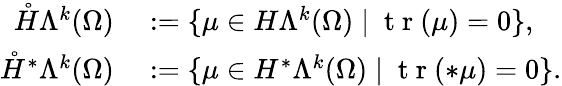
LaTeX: \begin{array}{rl}{\mathring{H}\Lambda^{k}(\Omega)}&{{}:=\{ \mu\in H\Lambda^{k}(\Omega)\mid\mathrm{~t~r~}(\mu)=0\} ,}\\ {\mathring{H}^{\ast}\Lambda^{k}(\Omega)}&{{}:=\{ \mu\in H^{\ast}\Lambda^{k}(\Omega)\mid\mathrm{~t~r~}(\ast\mu)=0\} .}\end{array}